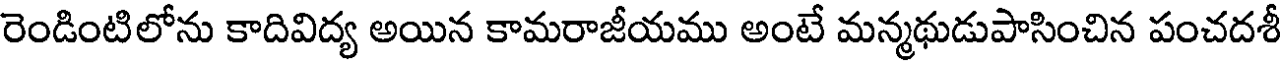
రెండింటిలోను కాదివిద్య అయిన కామరాజీయము అంటే మన్మథుడుపాసించిన పంచదశీ